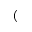
(